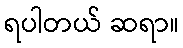
ရပါတယ် ဆရာ။